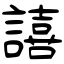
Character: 譆